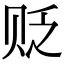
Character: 贬